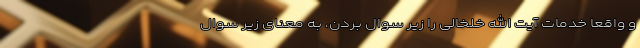
و واقعاً خدمات آیت الله خلخالی را زیر سوال بردن، به معنای زیر سوال